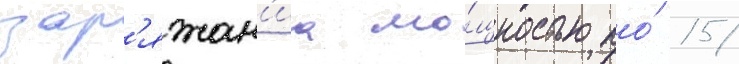
зар'яжан'иа мо́щностью по́ 15